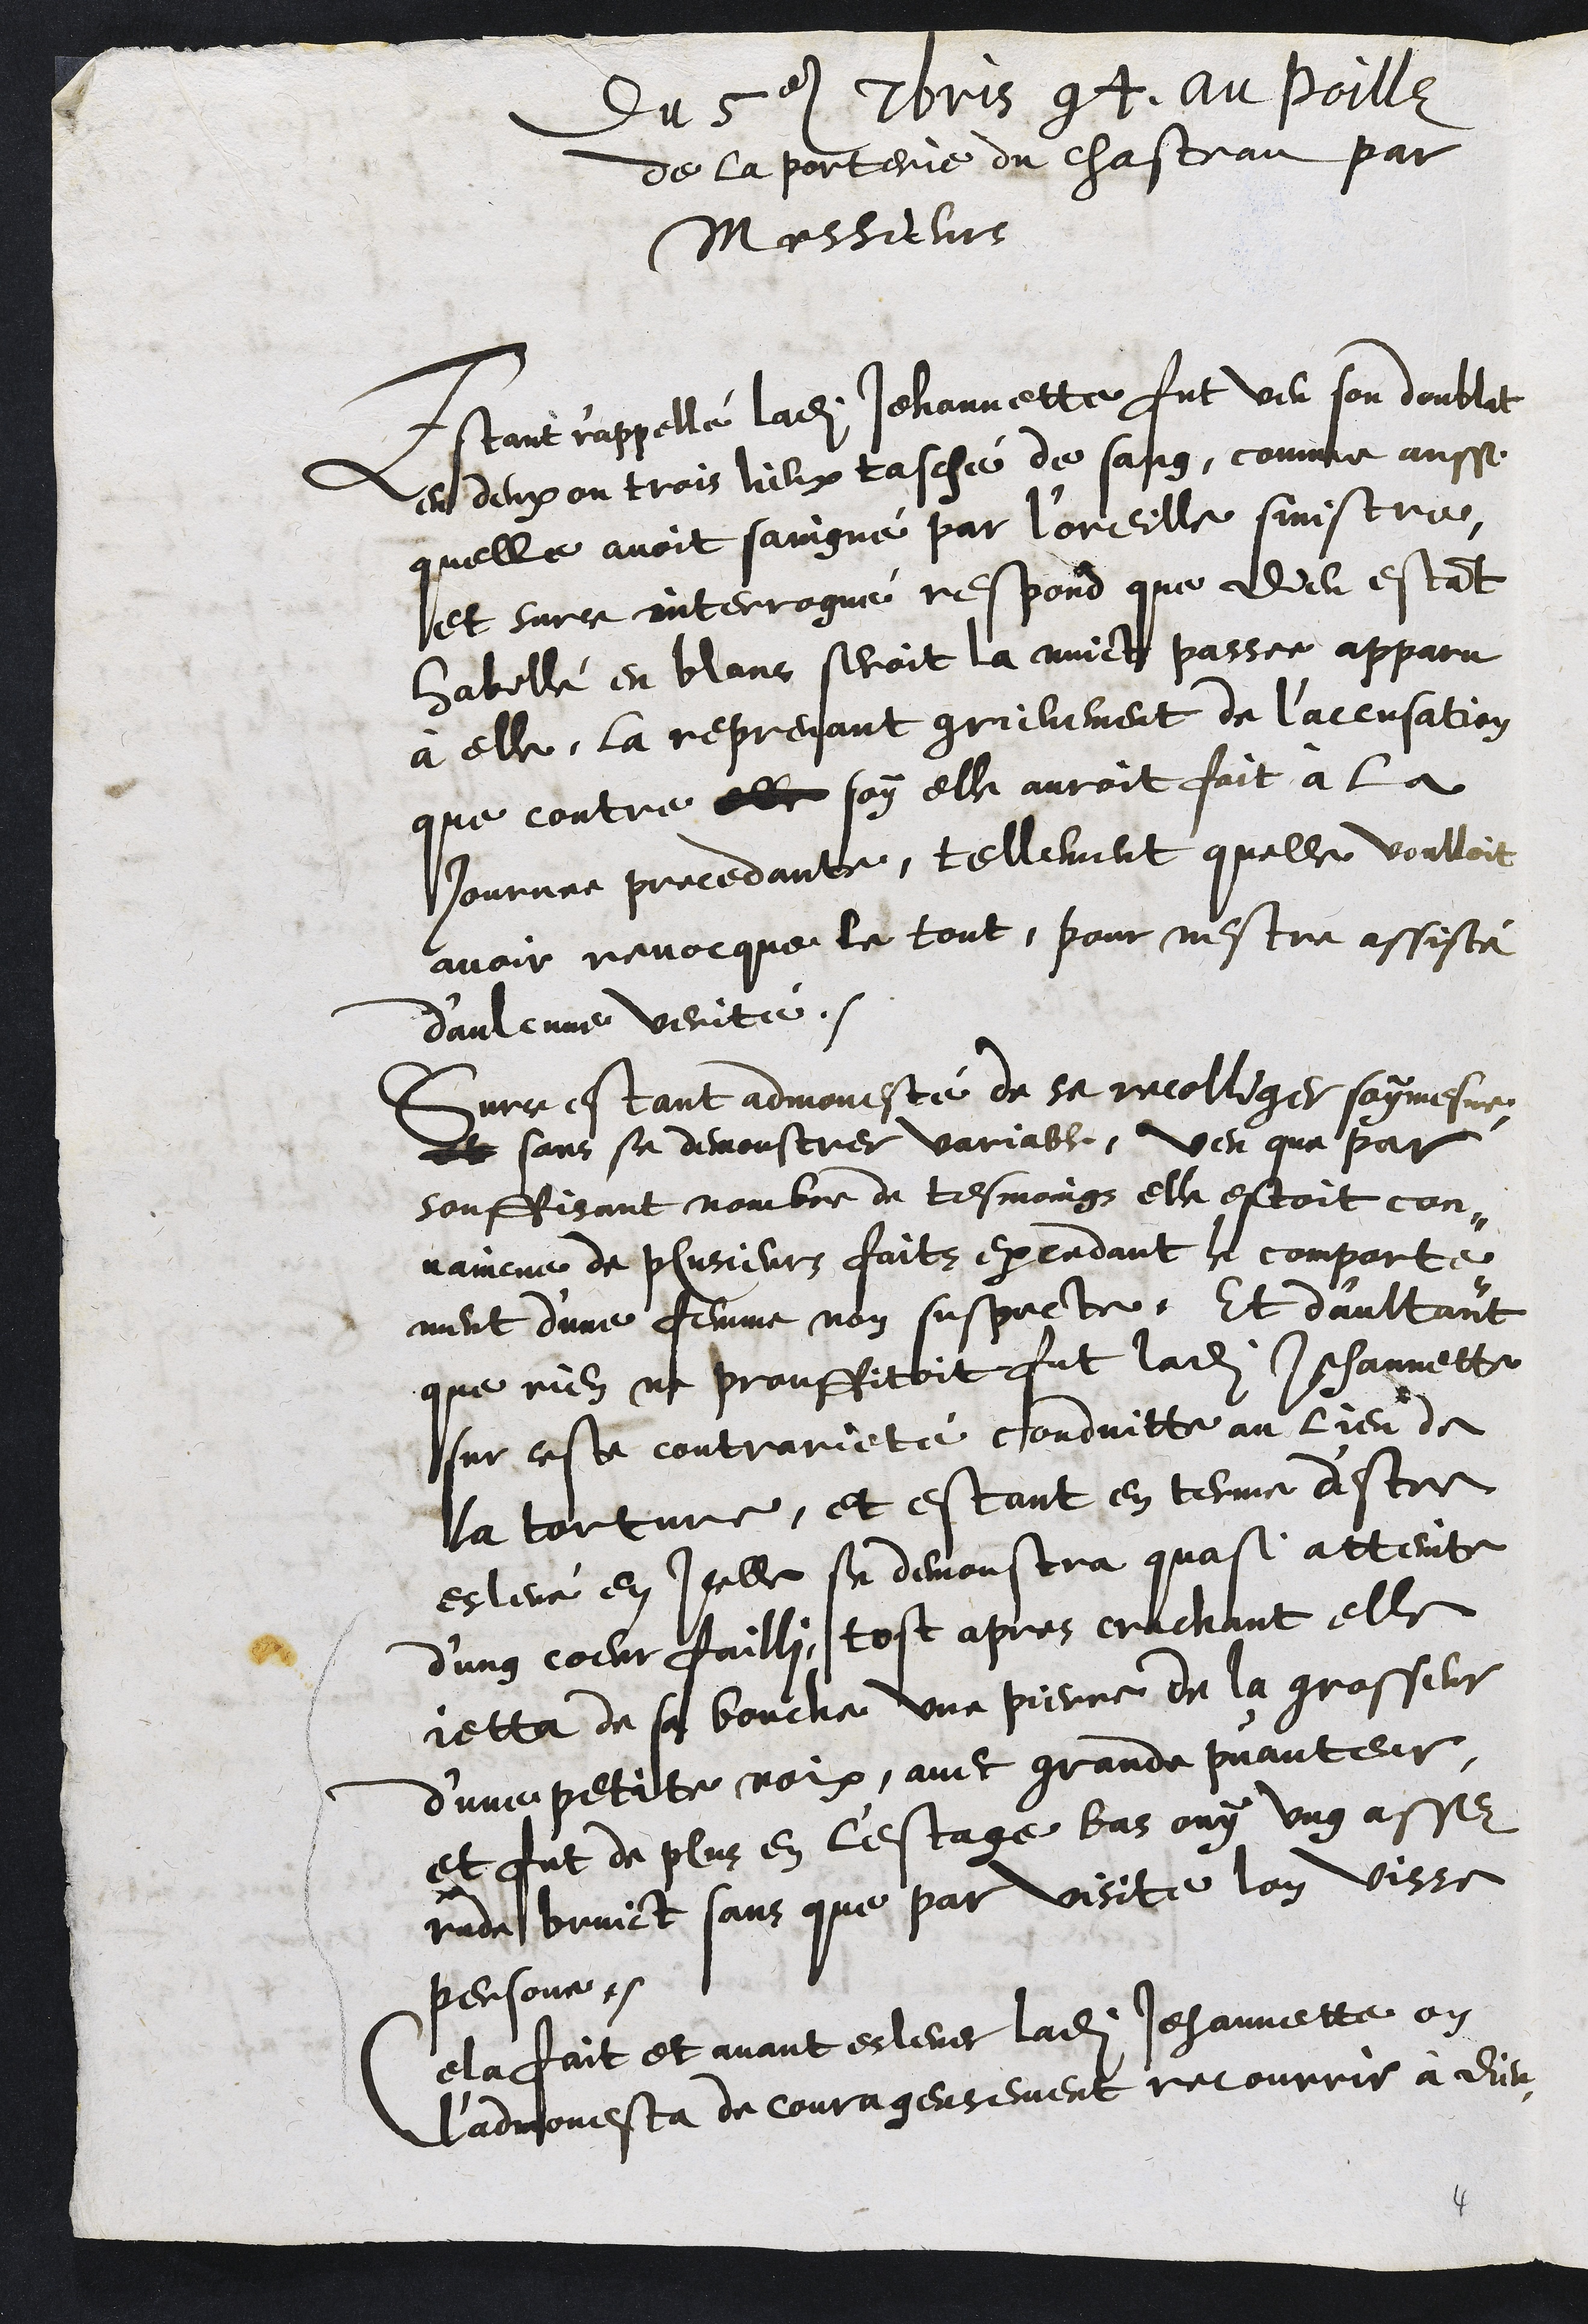
du 5e 7bris 94, au poille
de la porterie du chasteau par
Messieurs
Estant r'appellé ladite Jehannette fut veu son doublat
en deux ou trois lieux tasché de sang, comme aussi
quelle avoit soingné par l'oreille sinistre,
et surce interrogué respond que dieu estant
habillé en blans seroit la nuict passee apparu
à elle, la reprenant grievement de l'accusation
que contre elle soy elle auroit fait à la
journee precedante, tellement quelle voulloit
avoir revocque le tout, pour nestre assisté
d'aulcune verité.
Surce estant admonesté de se recolliger soy mesme
et sans se demonstrer variable, veu que par
souffisant nombre de tesmoings elle estoit con¬
vaincue de plusieurs faits excedant le comporte¬
ment d'une femme non suspecte. Et daultant
que rien ne prouffitoit fut ladite Jehannette
sur ceste contrarieté conduitte au lieu de
la torture, et estant en terme d'estre
eslevé en Icelle se demonstra quasi atteinte
d'ung coeur failli, tost apres crachant elle
jetta de sa bouche une pierre de la grosseur
d'une petite noix, avec grande puanteur,
et fut de plus en l'estage bas ouy ung assez
rude bruict sans que par visite lon visse
personne.
Cela fait et avant eslever ladite Jehannette on
l'admonesta de courageusement recourrir à Dieu,

4